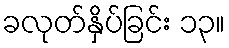
ခလုတ်နှိပ်ခြင်း ၁၃။